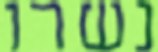
נשרו